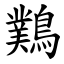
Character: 䴆